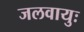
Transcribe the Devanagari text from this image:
जलवायुः